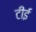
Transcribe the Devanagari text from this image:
टीई